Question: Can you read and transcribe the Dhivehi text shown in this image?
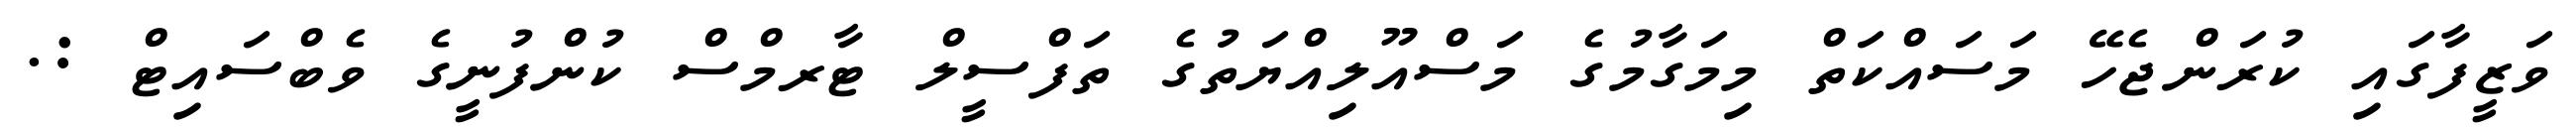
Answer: ވަޒީފާގައި ކުރަންޖެހޭ މަސައްކަތް މިމަގާމުގެ މަސްއޫލިއްޔަތުގެ ތަފްސީލް ޓާރމްސް ކުންފުނީގެ ވެބްސައިޓް :.